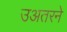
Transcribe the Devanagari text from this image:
उअतरने